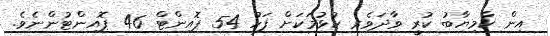
އިން ކާމިޔާބު ކުރީ ވާދަވެރި ކުޅުމަކަށް ފަހު 54 ޕޮއިންޓް 46 ޕޮއިންޓުންނެވެ.